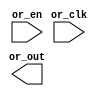
// This program was cloned from: https://github.com/intel/aib-phy-hardware
// License: Apache License 2.0

// SPDX-License-Identifier: Apache-2.0
// Copyright (C) 2019 Intel Corporation. All rights reserved
//-----------------------------------------------------------------------------
//  Clock OR macro
//-----------------------------------------------------------------------------

module altr_hps_ckor_gate (
    input  wire              or_clk,     // or input 1
    input  wire              or_en,     // or input 2
    output  wire             or_out      // or output
);

// -------------------
// Port declarations
// -------------------

// -----
// RTL
// -----

`ifdef ALTR_HPS_INTEL_MACROS_OFF
assign or_out = or_clk | or_en;

`else



`endif

endmodule